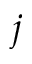
j